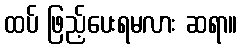
ထပ် ဖြည့်ပေးရမလား ဆရာ။